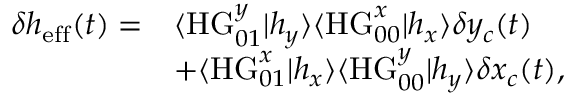
\begin{array} { r l } { \delta h _ { \mathrm { e f f } } ( t ) = } & { \langle \mathrm { H G } _ { 0 1 } ^ { y } | h _ { y } \rangle \langle \mathrm { H G } _ { 0 0 } ^ { x } | h _ { x } \rangle \delta y _ { c } ( t ) } \\ & { + \langle \mathrm { H G } _ { 0 1 } ^ { x } | h _ { x } \rangle \langle \mathrm { H G } _ { 0 0 } ^ { y } | h _ { y } \rangle \delta x _ { c } ( t ) , } \end{array}